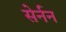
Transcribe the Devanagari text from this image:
सेर्नन